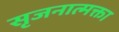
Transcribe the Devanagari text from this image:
सृजनात्मक्ता